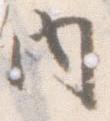
内